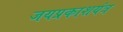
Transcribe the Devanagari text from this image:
जयप्रकाशयंत्र